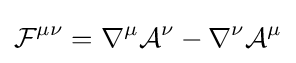
{\mathcal {F}}^{\mu \nu }=\nabla ^{\mu }{\mathcal {A}}^{\nu }-\nabla ^{\nu }{\mathcal {A}}^{\mu }